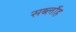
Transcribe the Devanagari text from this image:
सर्ब्लोह